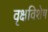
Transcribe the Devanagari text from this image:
वृक्षविशेष